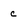
Character: c